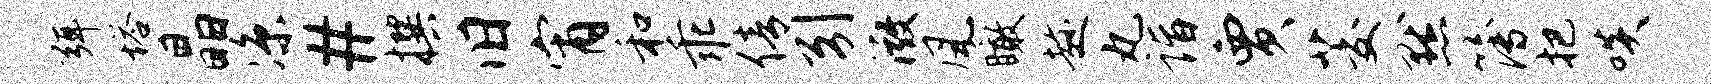
弭塔晶凉#撰旧宵和乖倩引微风瞰趁丸诣贾茭默簿把啖